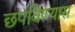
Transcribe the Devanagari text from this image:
छपविण्यास